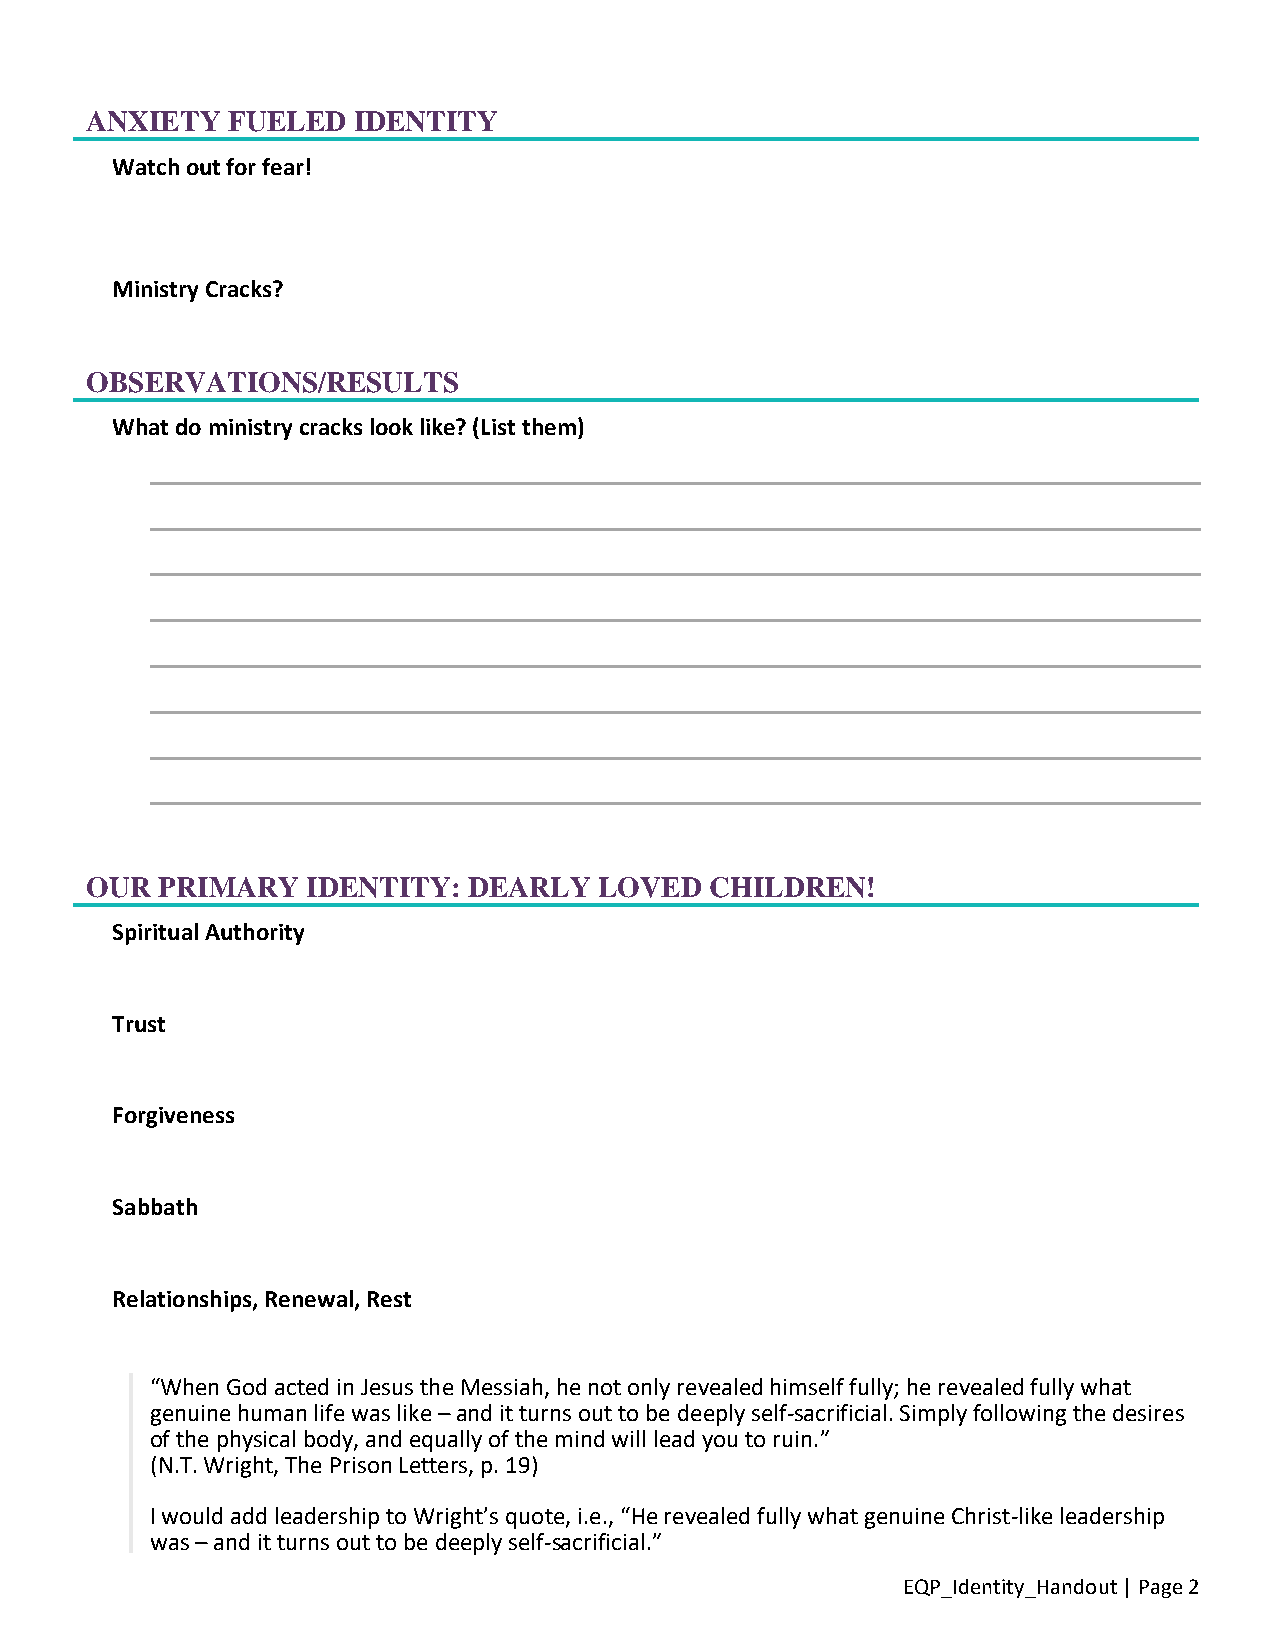
ANXIETY  FUELED  IDENTITY
 Watch out for fear!
 Ministry Cracks?
 OBSERVATIONS/RESULTS
 What do ministry cracks look like? (List them)
 OUR PRIMARY   IDENTITY:  DEARLY   LOVED  CHILDREN!
 Spiritual Authority
 Trust
 Forgiveness
 Sabbath
 Relationships, Renewal, Rest
 “When God acted in Jesus the Messiah, he not only revealed himself fully; he revealed fully what
 genuine human life was like – and it turns out to be deeply self-sacrificial. Simply following the desires
 of the physical body, and equally of the mind will lead you to ruin.”
 (N.T. Wright, The Prison Letters, p. 19)
 I would add leadership to Wright’s quote, i.e., “He revealed fully what genuine Christ-like leadership
 was – and it turns out to be deeply self-sacrificial.”
 EQP_Identity_Handout | Page 2